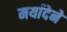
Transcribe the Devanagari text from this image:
मर्यादेने